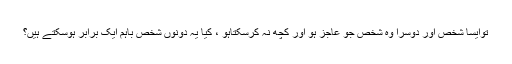
توایسا شخص اور دوسرا وہ شخص جو عاجز ہو اور کچھ نہ کرسکتاہو ، کیا یہ دونوں شخص باہم ایک برابر ہوسکتے ہیں؟